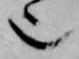
也